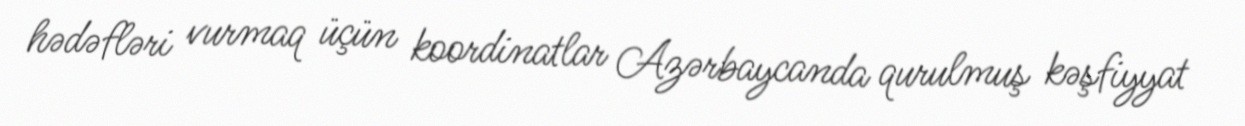
hədəfləri vurmaq üçün koordinatlar Azərbaycanda qurulmuş kəşfiyyat